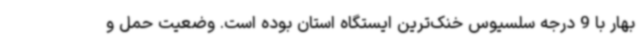
بهار با 9 درجه سلسیوس خنک‌ترین ایستگاه استان بوده است. وضعیت حمل و